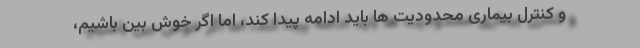
و کنترل بیماری محدودیت ها باید ادامه پیدا کند، اما اگر خوش بین باشیم،